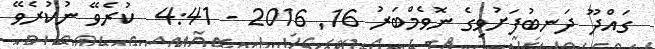
ގައްދޫ ދަނބުފަށުވިގެ ނޮވެމްބަރު 16